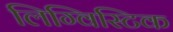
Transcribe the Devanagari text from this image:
लिग्विस्टिक